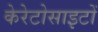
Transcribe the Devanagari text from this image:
केरेटोसाइटों